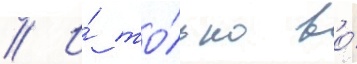
// И́ то́лько во́